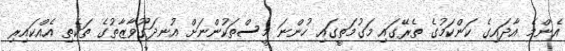
އެންމެ އާދައިގެ ކަންކަމުގެ ތެރޭގައި މަގުމަތީގައި ހުންނަ މީސްތަކުންނަށް އުނދަގޫވާޒާތުގެ ތަކެތި އެއްކައިރި